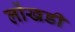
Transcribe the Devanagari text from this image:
लोंखडी